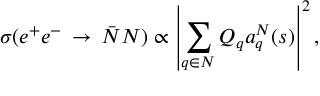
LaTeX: \sigma ( e ^ { + } e ^ { - } \, \rightarrow \, \bar { N } N ) \propto \displaystyle \left\vert \sum _ { q \in N } Q _ { q } a _ { q } ^ { N } ( s ) \right\vert ^ { 2 } ,